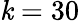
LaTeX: \mathit{k}=30